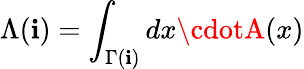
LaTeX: \Lambda(\mathbf{i})=\int_{\Gamma(\mathbf{i})}dx\cdotA(x)